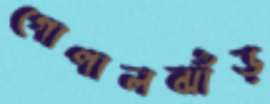
গোপালঝাঁড়